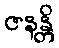
ဇနန္တိ